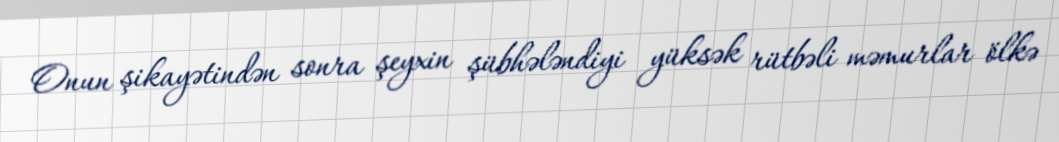
Onun şikayətindən sonra şeyxin şübhələndiyi yüksək rütbəli məmurlar ölkə